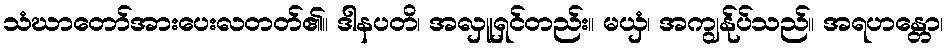
သံဃာတော်အားပေးလတတ်၏။ ဒါနပတိ၊ အလှူရှင်တည်း။ မယှံ၊ အကျွန်ုပ်သည်။ အရဟန္တော၊